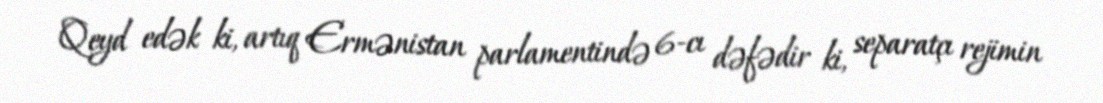
Qeyd edək ki, artıq Ermənistan parlamentində 6-cı dəfədir ki, separatçı rejimin